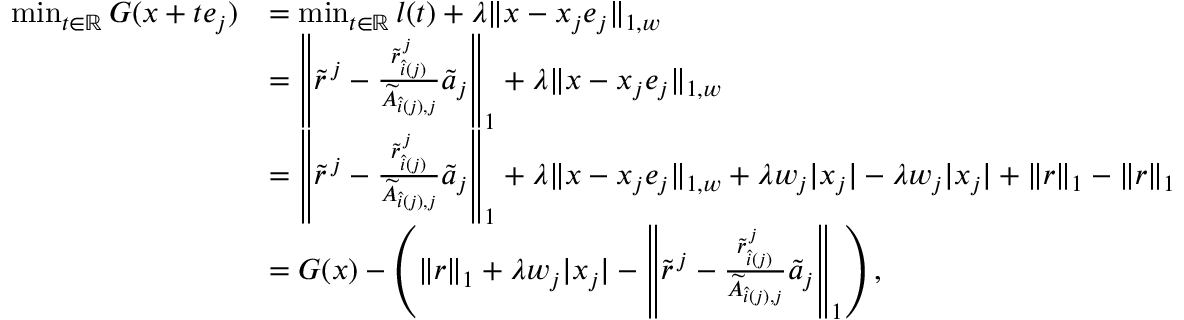
\begin{array} { r l } { \operatorname* { m i n } _ { t \in \mathbb { R } } G ( x + t e _ { j } ) } & { = \operatorname* { m i n } _ { t \in \mathbb { R } } l ( t ) + \lambda \| x - x _ { j } e _ { j } \| _ { 1 , w } } \\ & { = \left\| \widetilde { r } ^ { \, j } - \frac { \widetilde { r } _ { \hat { i } ( j ) } ^ { \, j } } { \widetilde { A } _ { \hat { i } ( j ) , j } } \widetilde { a } _ { j } \right\| _ { 1 } + \lambda \| x - x _ { j } e _ { j } \| _ { 1 , w } } \\ & { = \left\| \widetilde { r } ^ { \, j } - \frac { \widetilde { r } _ { \hat { i } ( j ) } ^ { \, j } } { \widetilde { A } _ { \hat { i } ( j ) , j } } \widetilde { a } _ { j } \right\| _ { 1 } + \lambda \| x - x _ { j } e _ { j } \| _ { 1 , w } + \lambda w _ { j } | x _ { j } | - \lambda w _ { j } | x _ { j } | + \| r \| _ { 1 } - \| r \| _ { 1 } } \\ & { = G ( x ) - \left( \| r \| _ { 1 } + \lambda w _ { j } | x _ { j } | - \left\| \widetilde { r } ^ { \, j } - \frac { \widetilde { r } _ { \hat { i } ( j ) } ^ { \, j } } { \widetilde { A } _ { \hat { i } ( j ) , j } } \widetilde { a } _ { j } \right\| _ { 1 } \right) , } \end{array}